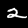
Label: 2